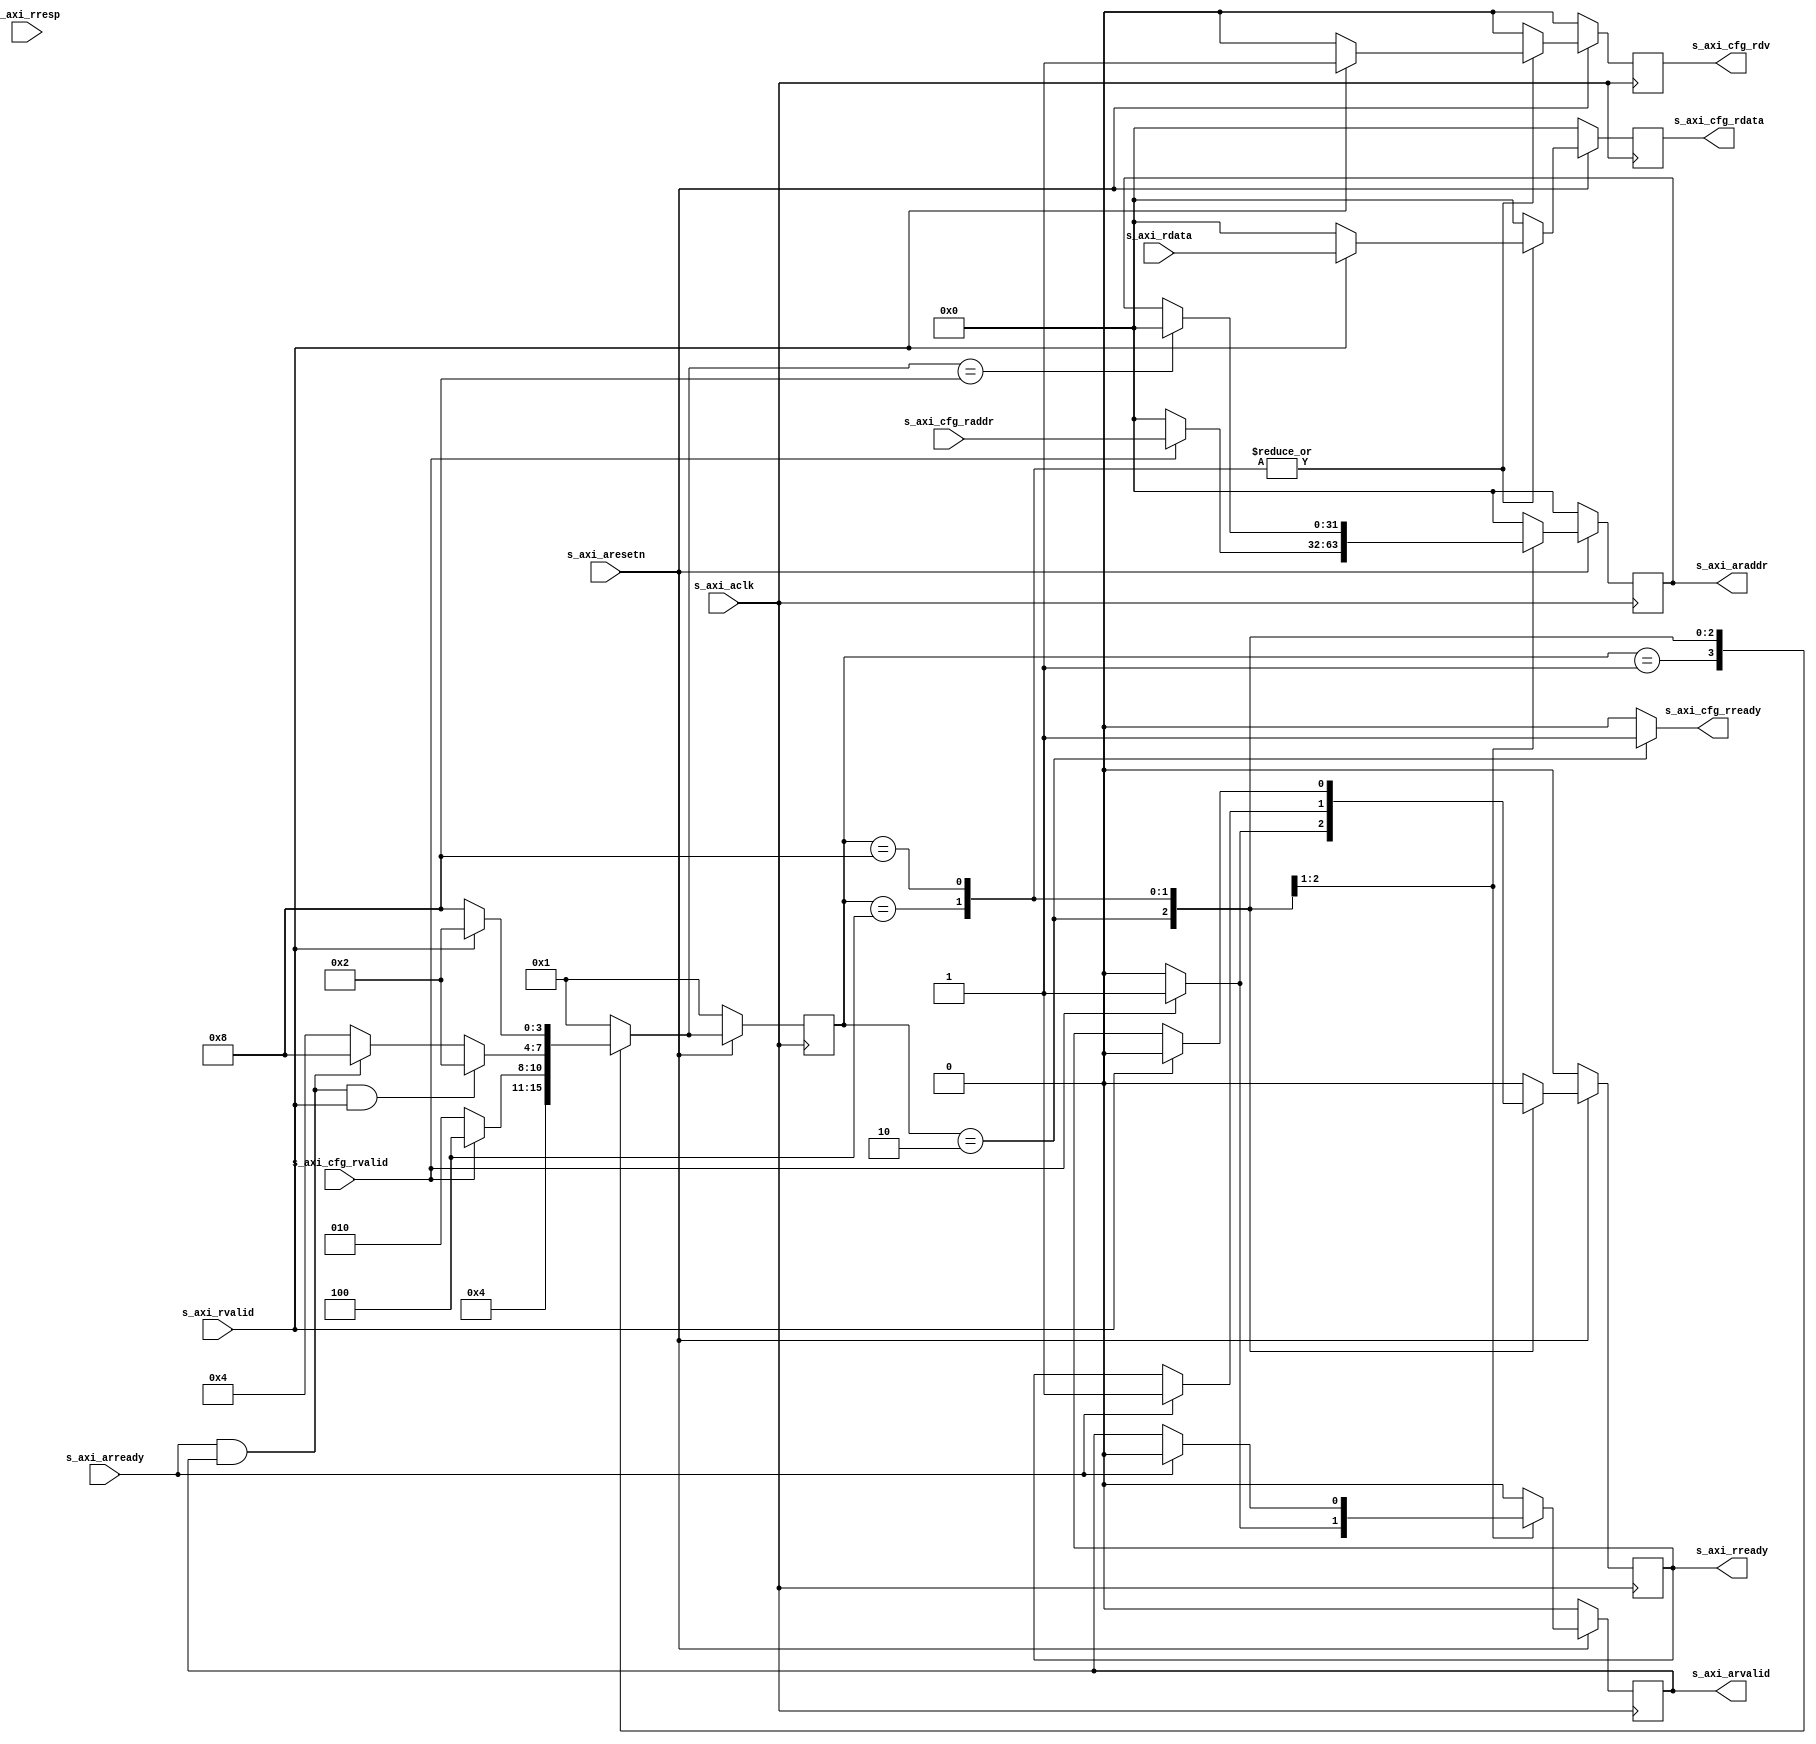
module axil_read(
    input             s_axi_aclk      ,
    input             s_axi_aresetn   ,
    input             s_axi_arready   ,
    input             s_axi_rvalid    ,
    input      [31:0] s_axi_rdata     ,
    input       [1:0] s_axi_rresp     ,
    output reg [31:0] s_axi_araddr    ,
    output reg        s_axi_arvalid   ,
    output reg        s_axi_rready    ,
    
    input             s_axi_cfg_rvalid,
    input      [31:0] s_axi_cfg_raddr ,
    output     [31:0] s_axi_cfg_rdata ,
    output            s_axi_cfg_rdv   ,
    output            s_axi_cfg_rready
);

    reg      [31:0] r_cfg_raddr;
    reg      [31:0] r_cfg_rdata;
    reg             r_cfg_rdv;

    localparam AXILR_FSM_BIT = 4;
    localparam AXIL_RESET = 4'b0001;
    localparam AXIL_READY = 4'b0010;
    localparam AXIL_RADDR = 4'b0100;
    localparam AXIL_RDATA = 4'b1000;

    reg     [AXILR_FSM_BIT-1:0]       rAXILR_cur_state          ;
    reg     [AXILR_FSM_BIT-1:0]       rAXILR_nxt_state          ;
    
    always @ (posedge s_axi_aclk) begin
        if(!s_axi_aresetn)  
            rAXILR_cur_state <= AXIL_RESET;
        else                
            rAXILR_cur_state <= rAXILR_nxt_state;
    end

    always @ ( * ) begin
        case(rAXILR_cur_state)
            AXIL_RESET:
                rAXILR_nxt_state <= AXIL_READY;
            AXIL_READY:
                rAXILR_nxt_state <= (s_axi_cfg_rvalid==1) ? AXIL_RADDR : AXIL_READY;
            AXIL_RADDR:
                rAXILR_nxt_state <= (s_axi_arready==1 && s_axi_arvalid==1 && s_axi_rvalid==1) ? AXIL_READY : (s_axi_arready==1 && s_axi_arvalid==1) ? AXIL_RDATA : AXIL_RADDR;
            AXIL_RDATA:
                rAXILR_nxt_state <= (s_axi_rvalid==1) ? AXIL_READY : AXIL_RDATA;
            default:
                rAXILR_nxt_state <= AXIL_RESET;    
        endcase
    end
     
    always @ (posedge s_axi_aclk) begin
        if (!s_axi_aresetn) begin
            s_axi_araddr  <= 0;
            s_axi_arvalid <= 0;
            s_axi_rready  <= 0;

            r_cfg_raddr   <= 0;
            r_cfg_rdata   <= 0;
            r_cfg_rdv     <= 0;
        end else begin
            case(rAXILR_cur_state)
                AXIL_RESET : begin 
                    s_axi_araddr  <= 0;
                    s_axi_arvalid <= 0;
                    s_axi_rready  <= 0;
                    
                    r_cfg_raddr   <= 0;
                    r_cfg_rdata   <= 0;
                    r_cfg_rdv     <= 0;
                end    
                AXIL_READY : begin 
                    s_axi_araddr  <= s_axi_cfg_rvalid ? s_axi_cfg_raddr : 32'd0;
                    s_axi_arvalid <= s_axi_cfg_rvalid ? 1'b1 : 1'b0;
                    s_axi_rready  <= s_axi_cfg_rvalid ? 1'b1 : 1'b0;
                    
                    r_cfg_raddr   <= s_axi_cfg_rvalid ? s_axi_cfg_raddr : 32'd0;
                    r_cfg_rdata   <= 0;
                    r_cfg_rdv     <= 0;
                end    
                AXIL_RADDR : begin
                    s_axi_araddr  <= (rAXILR_nxt_state == 4'd8) ? 32'd0 : s_axi_araddr;
                    s_axi_arvalid <= (s_axi_arready==1) ? 32'd0 : s_axi_arvalid;
                    s_axi_rready  <= (s_axi_arready==1) ? 1'b1 : s_axi_rready;
                    
                    r_cfg_raddr   <= r_cfg_raddr;
                    r_cfg_rdata   <= (s_axi_rvalid==1) ? s_axi_rdata : 32'd0;
                    r_cfg_rdv     <= (s_axi_rvalid==1) ? 1'b1 : 1'b0;
                end       
                AXIL_RDATA : begin
                    s_axi_araddr  <= 32'd0;
                    s_axi_arvalid <= 1'b0;
                    s_axi_rready  <= (s_axi_rvalid==1) ? 1'b0 : s_axi_rready;
                    
                    r_cfg_raddr   <= r_cfg_raddr;
                    r_cfg_rdata   <= (s_axi_rvalid==1) ? s_axi_rdata : 32'd0;
                    r_cfg_rdv     <= (s_axi_rvalid==1) ? 1'b1 : 1'b0;
                end  
                default : begin
                    s_axi_araddr  <= 0;
                    s_axi_arvalid <= 0;
                    s_axi_rready  <= 0;
                    
                    r_cfg_raddr   <= 0;
                    r_cfg_rdata   <= 0;
                    r_cfg_rdv     <= 0;                  
                end                                                  
            endcase
        end
    end

    assign s_axi_cfg_rdata  = r_cfg_rdata;
    assign s_axi_cfg_rdv    = r_cfg_rdv;
    assign s_axi_cfg_rready = (rAXILR_cur_state == AXIL_READY) ? 1'b1 : 1'b0;

endmodule